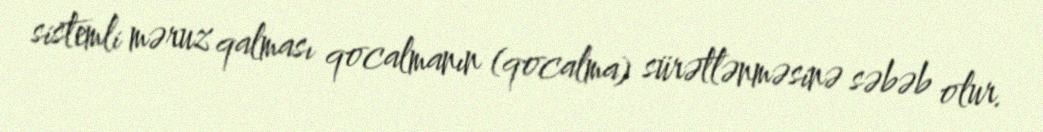
sistemli məruz qalması qocalmanın (qocalma) sürətlənməsinə səbəb olur.